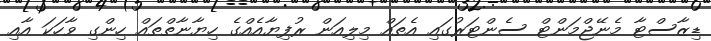
ޑިޒާސްޓާ މެނޭޖްމަންޓް ސެންޓަރުގައި އެތައް މިލިއަން ރުފިޔާއެއްގެ ހިޔާނާތްތައް ހިންގި ވާހަކަ އާއި